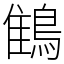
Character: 䳡